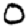
Digit: 0